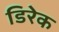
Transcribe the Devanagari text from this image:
डिरेक